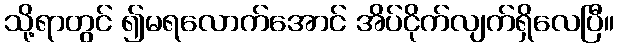
သို့ရာတွင် ၍မရလောက်အောင် အိပ်ငိုက်လျက်ရှိလေပြီ။